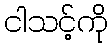
ငါသင့်ကို